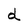
Character: d